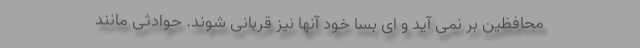
محافظین بر نمی آید و ای بسا خود آنها نیز قربانی شوند. حوادثی مانند